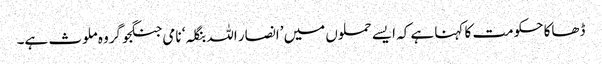
ڈھاکا حکومت کا کہنا ہے کہ ایسے حملوں میں ’انصار اللہ بنگلہ‘ نامی جنگجو گروہ ملوث ہے۔